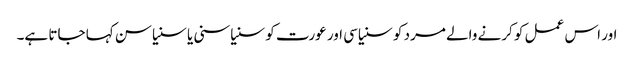
اور اس عمل کو کرنے والے مرد کو سنیاسی اور عورت کو سنیاسنی یا سنیاسن کہا جاتا ہے۔